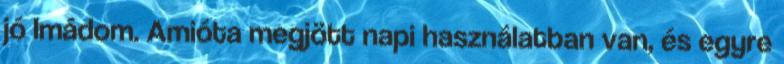
jó Imádom. Amióta megjött napi használatban van, és egyre